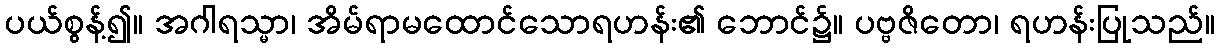
ပယ်စွန့်၍။ အဂါရသ္မာ၊ အိမ်ရာမထောင်သောရဟန်း၏ ဘောင်၌။ ပဗ္ဗဇိတော၊ ရဟန်းပြုသည်။